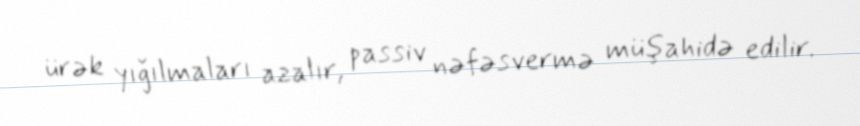
ürək yığılmaları azalır, passiv nəfəsvermə müşahidə edilir.